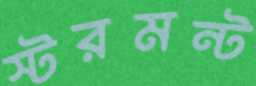
স্টরমন্ট